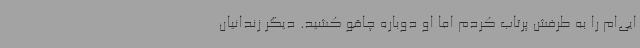
ایی‌ام را به طرفش پرتاب کردم اما او دوباره چاقو کشید. دیگر زندانیان